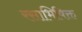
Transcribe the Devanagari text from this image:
रसाभिषिक्त